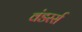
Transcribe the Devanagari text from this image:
वंडरर्स